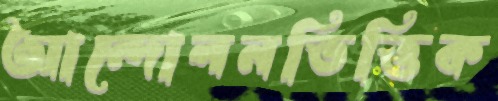
আন্দোলনভিত্তিক